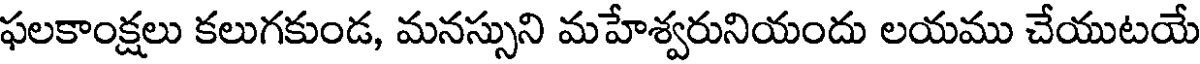
ఫలకాంక్షలు కలుగకుండ, మనస్సుని మహేశ్వరునియందు లయము చేయుటయే